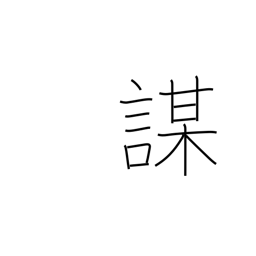
Meaning: cheat